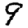
Digit: 9